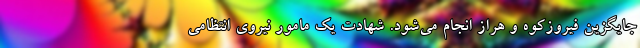
جایگزین فیروزکوه و هراز انجام می‌شود. شهادت یک مامور نیروی انتظامی